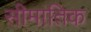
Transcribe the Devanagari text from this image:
सीमांतिक